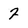
Character: 7